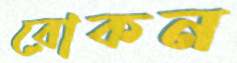
রোকন